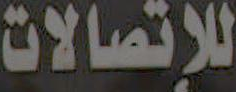
للإتصالات